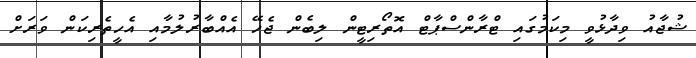
ޝުޖާއު ވިދާޅުވީ މިކަމުގައި ޓްރާންސްޕާޓް އޮތޯރިޓީން ލިބެން ޖެހޭ އެއްބާރުލުމާއި އެހީތެރިކަން ވަރަށް